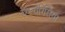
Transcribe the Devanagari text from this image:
एस्चेरिसिया